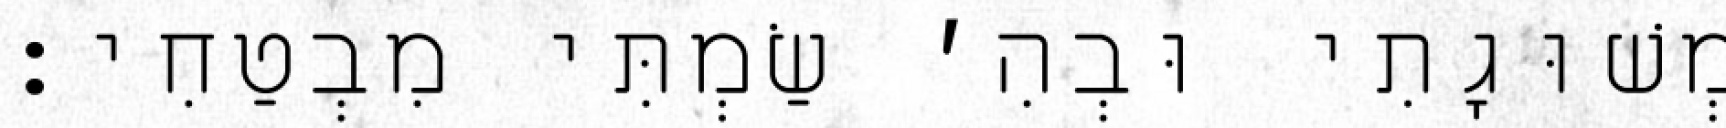
מְשׁוּגָתִי וּבְהִ׳ שַׂמְתִּי מִבְטַחִי: